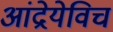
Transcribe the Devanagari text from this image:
आंद्रेयेविच